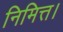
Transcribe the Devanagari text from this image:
निमित्त।